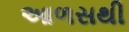
આળસથી